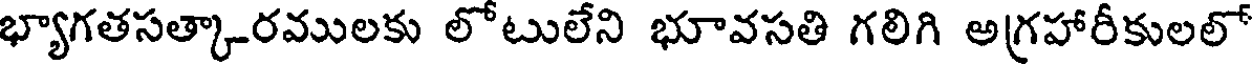
భ్యాగతసత్కారములకు లోటులేని భూవసతి గలిగి అగ్రహారీకులలో